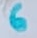
Text: 6